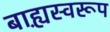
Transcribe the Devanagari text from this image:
बाह्य़स्वरूप